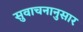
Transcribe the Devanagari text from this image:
सुवाचनानुसार